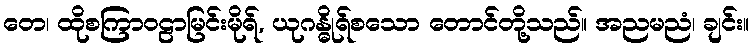
တေ၊ ထိုစကြာဝဠာမြင်းမိုရ်, ယုဂန္ဓိုရ်စသော တောင်တို့သည်။ အညမညံ၊ ချင်း။